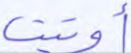
أوتيت